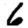
Digit: 6